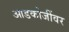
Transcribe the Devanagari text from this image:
आडकोजींवर